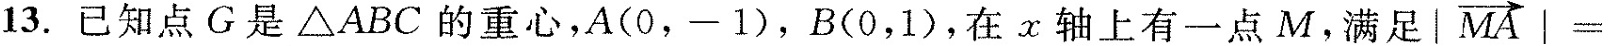
13.已知点G是△ABC的重心，A(0，-1），B(0，1），在x轴上有一点M。满足$$\overrightarrow{MA}|=